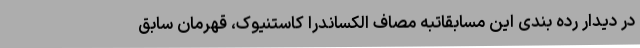
در دیدار رده بندی این مسابقاتبه مصاف الکساندرا کاستنیوک، قهرمان سابق